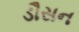
ડૌસન